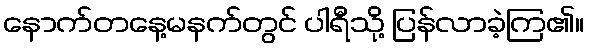
နောက်တနေ့မနက်တွင် ပါရီသို့ ပြန်လာခဲ့ကြ၏။